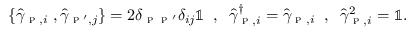
\begin{array} { r } { \{ \hat { \gamma } _ { \textsc { p } , i } \; , \hat { \gamma } _ { \textsc { p } ^ { \prime } , j } \} = 2 \delta _ { \textsc { p } \textsc { p } ^ { \prime } } \delta _ { i j } \mathbb { 1 } \; \; , \; \; \hat { \gamma } _ { \textsc { p } , i } ^ { \dagger } = \hat { \gamma } _ { \textsc { p } , i } \; \; , \; \; \hat { \gamma } _ { \textsc { p } , i } ^ { 2 } = \mathbb { 1 } . } \end{array}